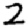
Digit: 2